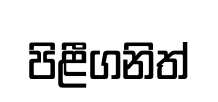
පිළීගනිත්